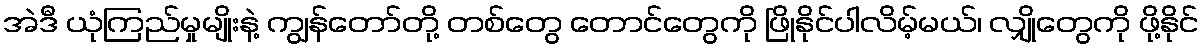
အဲဒီ ယုံကြည်မှုမျိုးနဲ့ ကျွန်တော်တို့ တစ်တွေ တောင်တွေကို ဖြိုနိုင်ပါလိမ့်မယ်၊ လျှိုတွေကို ဖို့နိုင်